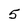
Character: 5